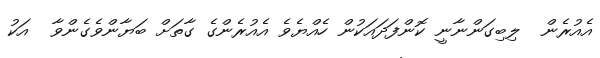
އެއުރެން  ލިބިގަންނާނީ ކޮންފަދައަކުން ހެއްޔެވެ އެއުރެންގެ ގާތަށް ބަޔާންވެގެންވާ  އަކު